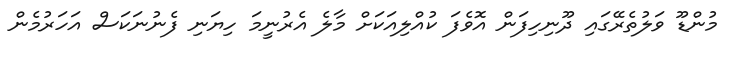
މުންޑޫ ވަލުތެރޭގައި ދޫނިހިފަން އޮވެފަ ކުއްލިއަކަށް މާލެ އެރުނީމަ ހިޔަނި ފެނުނަކަސް އަހަރުމެން